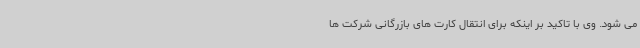
می شود. وی با تاکید بر اینکه برای انتقال کارت های بازرگانی شرکت ها